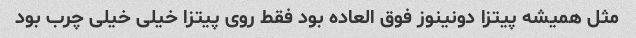
مثل همیشه پیتزا دونینوز فوق العاده بود فقط روی پیتزا خیلی خیلی چرب بود